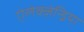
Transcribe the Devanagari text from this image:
ऐलेक्ज़ेन्ड्रिया